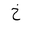
Letter: _kha